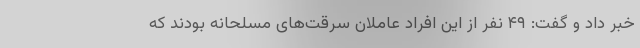
خبر داد و گفت: ۴۹ نفر از این افراد عاملان سرقت‌های مسلحانه بودند که